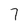
Character: 7